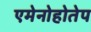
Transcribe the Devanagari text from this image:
एमेनोहोतेप